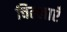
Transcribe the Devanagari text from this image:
चिल्लाएँ